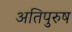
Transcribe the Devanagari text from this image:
अतिपुरुष